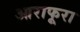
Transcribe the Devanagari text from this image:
आराफूरा